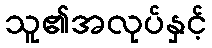
သူ၏အလုပ်နှင့်